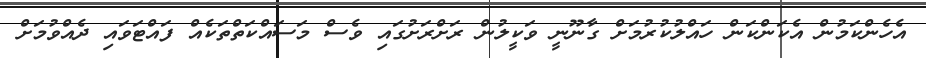
އެހެންކަމުން އެކަންކަން ހައްލުކުރުމަށް ގާނޫނީ ވަކީލުން ރަށްރަށުގައި ވެސް މަސައްކަތްތަކެއް ފައްޓަވައި ދެއްވުމަށް